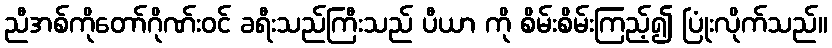
ညီအစ်ကိုတော်ဂိုဏ်းဝင် ခရီးသည်ကြီးသည် ပီယာ ကို စိမ်းစိမ်းကြည့်၍ ပြုံးလိုက်သည်။